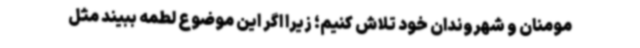
مومنان و شهروندان خود تلاش کنیم؛ زیرا اگر این موضوع لطمه ببیند مثل